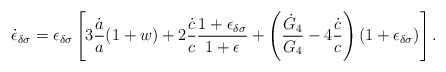
\begin{align*}\dot{\epsilon}_{\delta\sigma}=\epsilon_{\delta\sigma}\left[3{\dot{a}\over a}(1+w)+2{\dot{c}\over c}{{1+\epsilon_{\delta\sigma}}\over{1+\epsilon}}+\left({\dot{G}_4\over G_4}-4{\dot{c}\over c}\right)(1+\epsilon_{\delta\sigma})\right].\end{align*}